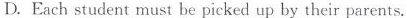
D. Each student must be picked up by their parents.